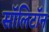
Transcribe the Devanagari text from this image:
सॉलिटॉन